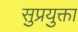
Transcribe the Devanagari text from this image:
सुप्रयुक्ता